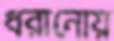
ধরানোয়